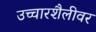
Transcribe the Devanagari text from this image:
उच्चारशैलीवर